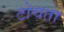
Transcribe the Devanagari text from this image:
टोचता